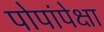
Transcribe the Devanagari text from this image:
पोपांपेक्षा